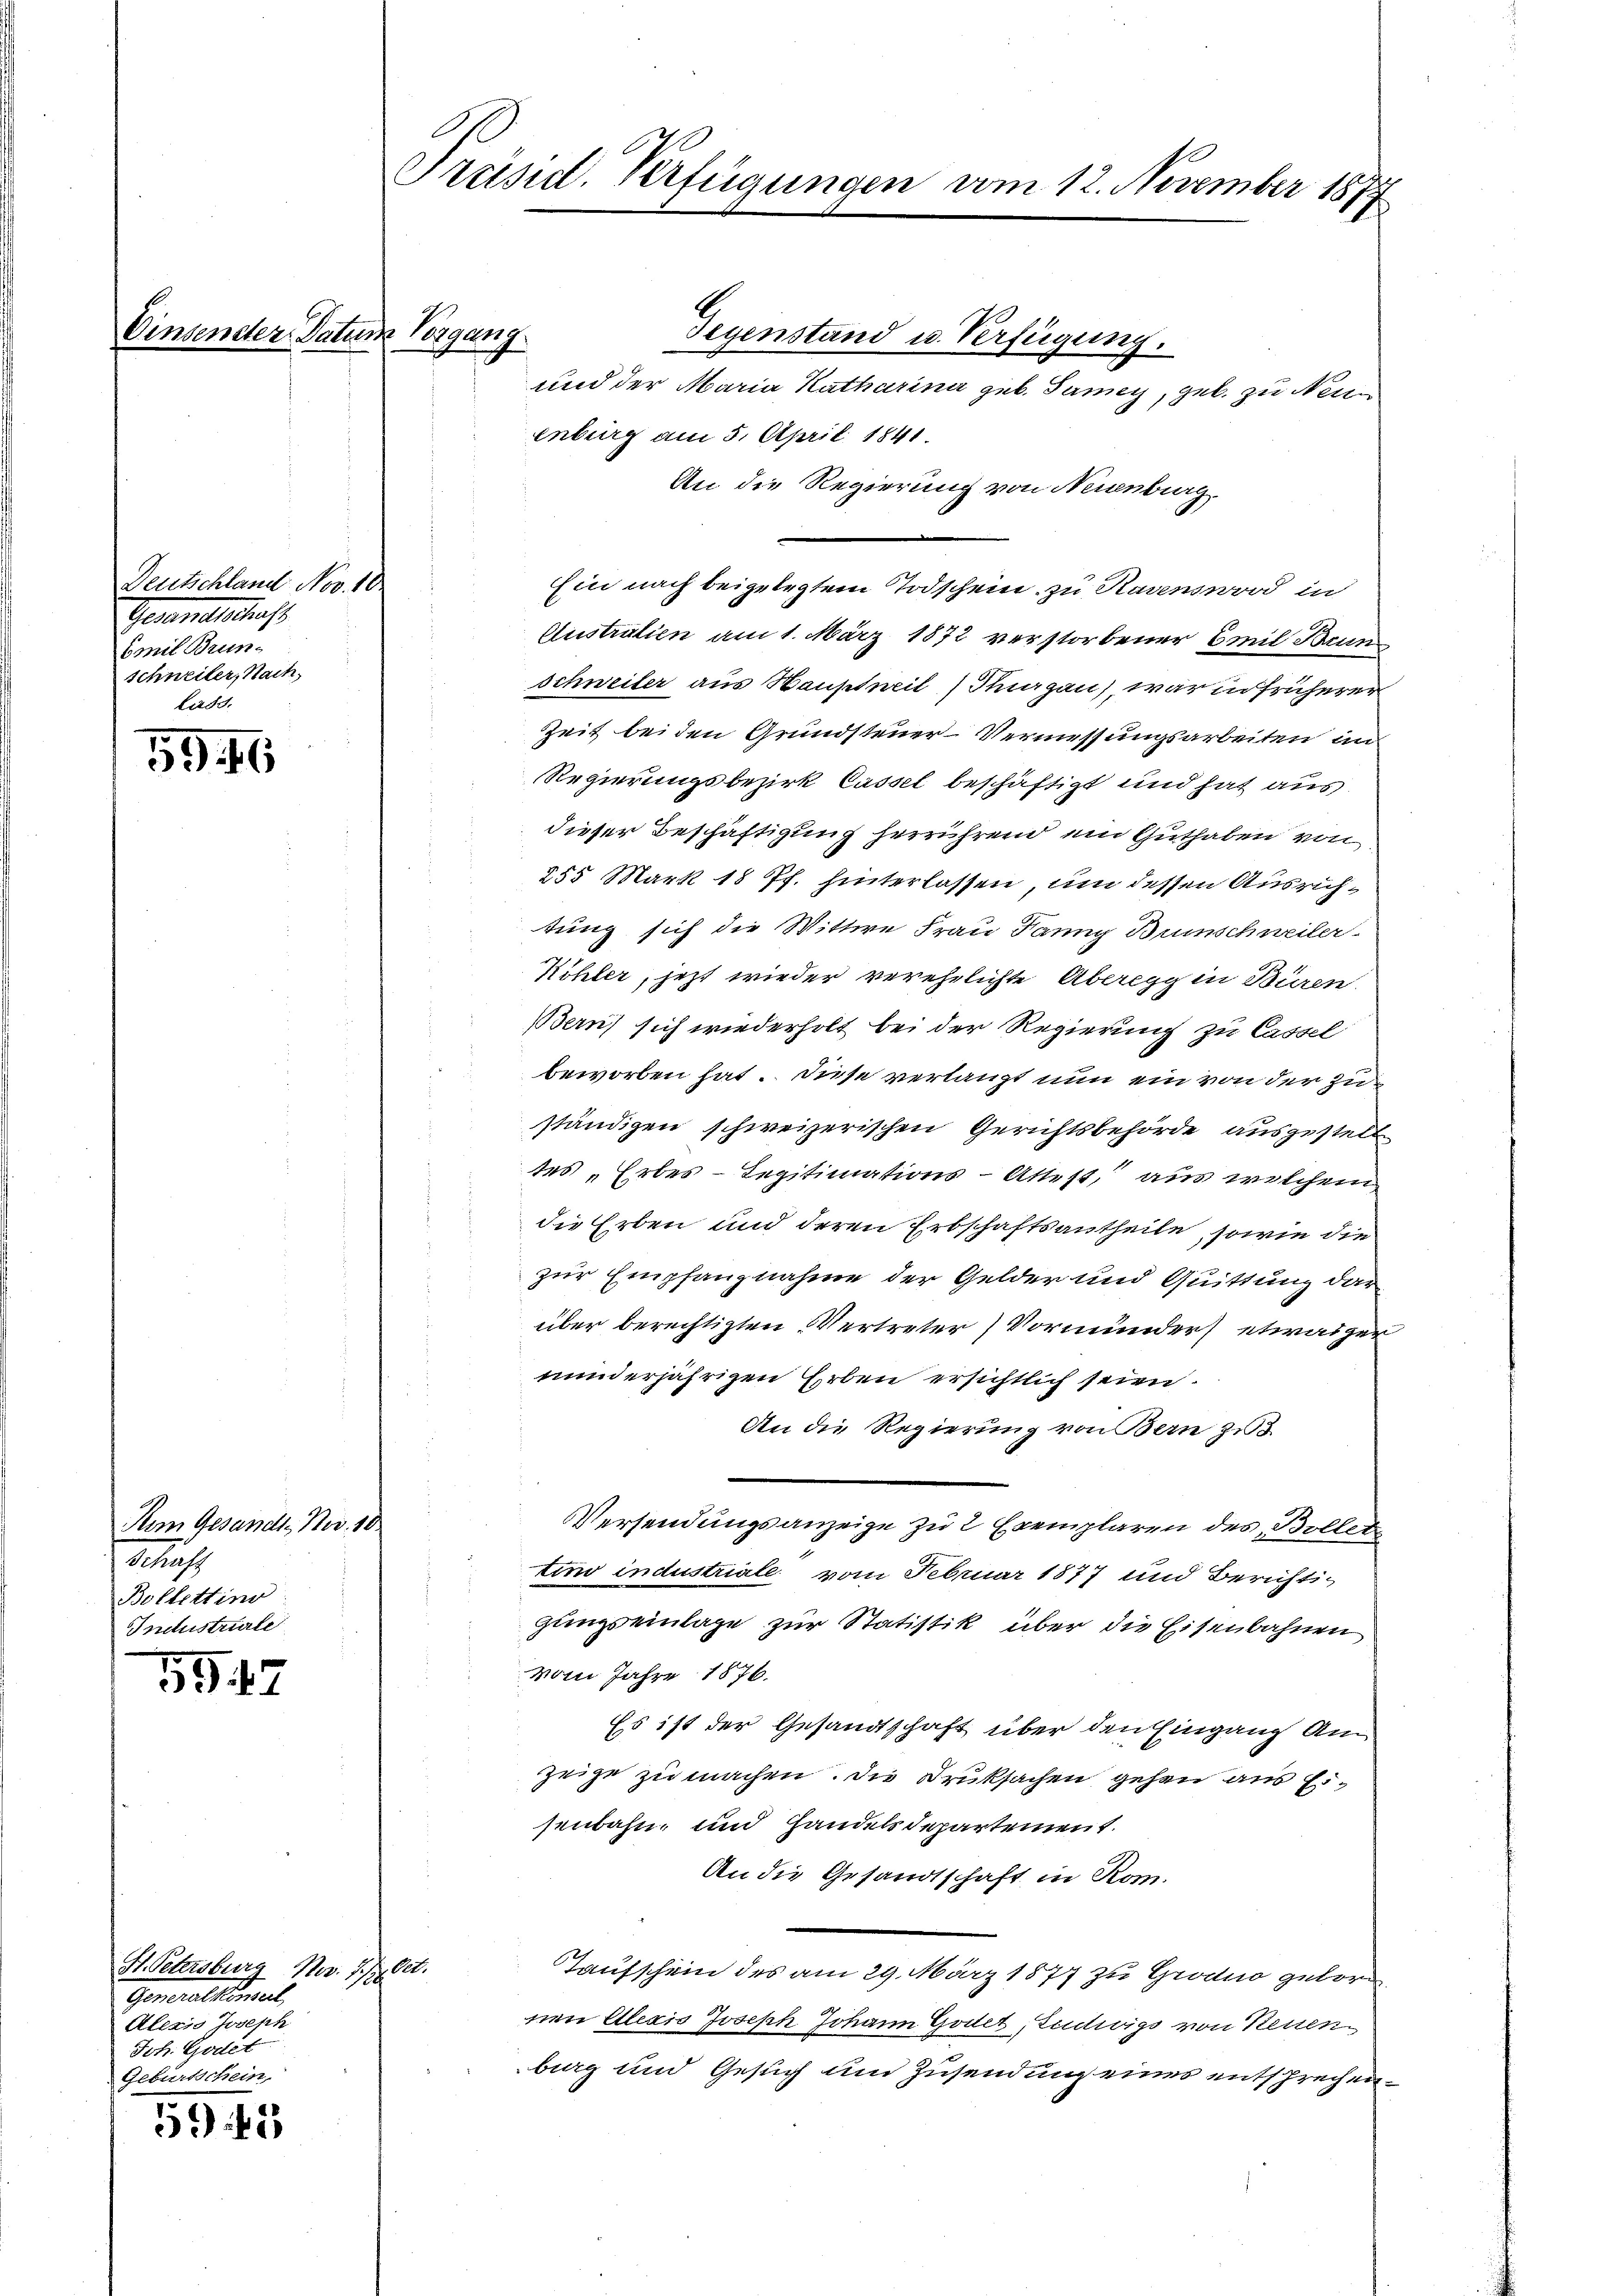
Einsenster Datum Vorgang.

Deutschland. Nov. 18.
Gesandtschaft
Emil Brunschneiler, Nach
Lass.

59. 46

Pem Gesandt, Nr. 10
2
Bollettino
Industriale

59. 17

H. Petersburg Nov. 1./2. Cet
Generalkonsul
Alexis Joseph
Joh. Geset
Geburtschein

59 45

Präsid. Verfügungen vom 12. November 1872
1)

Gegenstand u. Verfügung.
und der Maria Katharina geb. Samey, geb. zu Neuenburg am 5. April 1841
An die Regierung von Neuenburg.
Ein nach beigelegtem Todschein zu Ravensword in
Austratien am 1. März 1872 verstorbener Emil Brun
Schweiler aus Hauptweil Thurgau, war in früherer
Zeit bei den Grundsteuer-Vermessungsarbeiten un
Regierungsbezirk Cassel beschäftigt und hat aus
dieser Beschäftigung herrührend ein Guthaben von
255 Märk 18 Pf. hinterlassen, um dessen Ausrichtung sich die Wittwe Frau Panny Brunschweiler
Köhler, jetzt wieder verehelichte Aberegg in Büren.
Bern) sich wiederholt bei der Regierung zu Cassel
beworben hat. Diese verlangt nun ein von der zuständigen schweizerischen Gerichtsbehörde ausgestelle
tes „Erbes - Legitimations-Attest, aus welchem
die Erben und deren Erbschaftsantheile, sowie die
zur Empfanznahme der Gelder und Quittung dar
über berechtigten Vertreter Vormunder etwaiger
minderjährigen Erben ersichtlich seien.
An die Regierung von Bern zu
Versendungsanzeige zu 2 Exemplaren des Bollet
tim industriale vom Februar 1877 und Berichtigungseinlage zur Statistik über die Eisenbahnen
Vom Jahre 1876.
Es ist der Gesandtschaft über den Eingang Am
zeige zu machen. Die Druksachen gehen aus Eisenbahn, und Handelsdepartement.
An die Gesandtschaft in Rom.
Taufschein des am 29. März 1877 zu Grano gebor
nen Alexis Joseph Johann Godet Entwigs von Ketten.
burg und Gesuch und Zusendung eines entsprechen¬